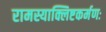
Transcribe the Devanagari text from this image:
रामस्याक्लिष्टकर्मणः